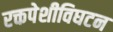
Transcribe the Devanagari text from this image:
रक्तपेशीविघटन